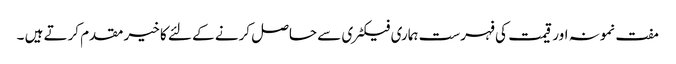
مفت نمونہ اور قیمت کی فہرست ہماری فیکٹری سے حاصل کرنے کے لئے کا خیر مقدم کرتے ہیں ۔